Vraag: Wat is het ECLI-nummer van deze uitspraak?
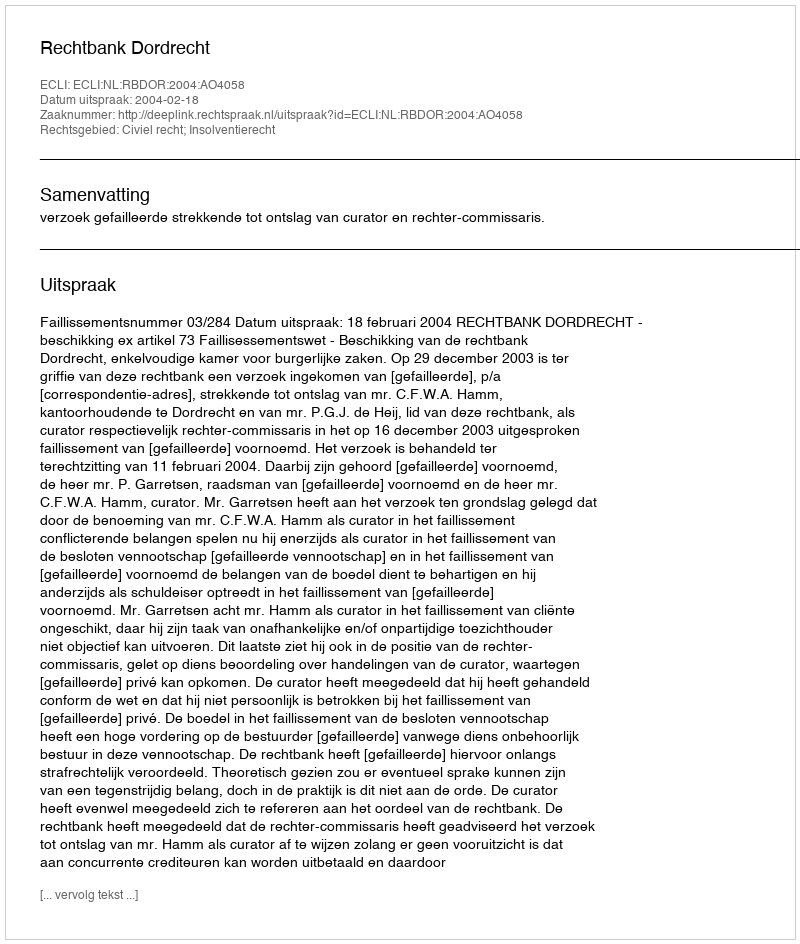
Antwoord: ECLI:NL:RBDOR:2004:AO4058